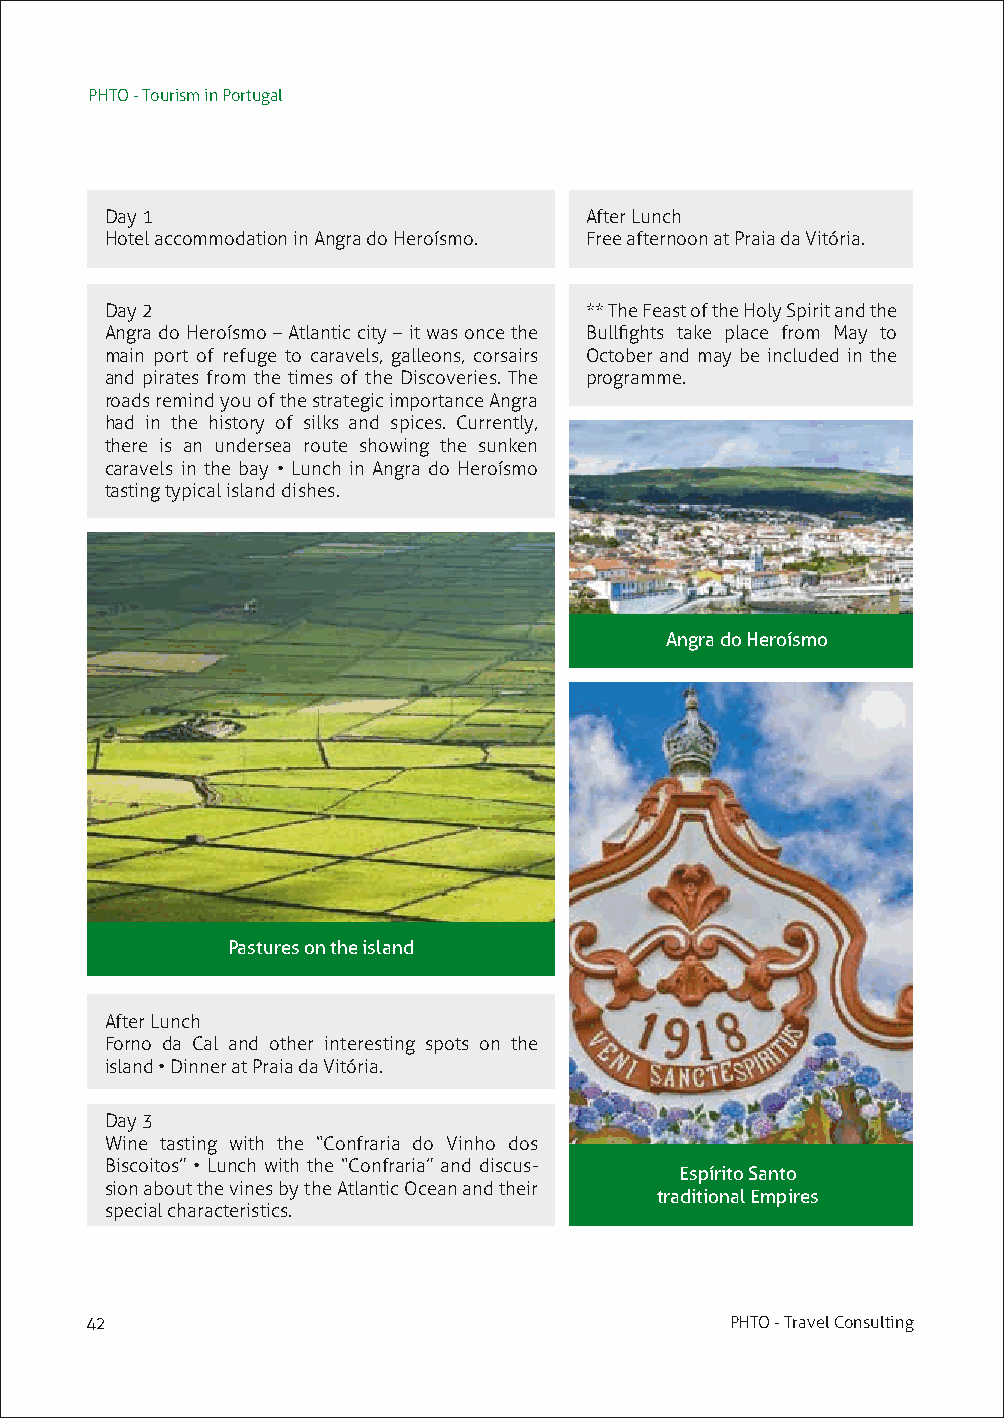
PHTO - Tourism in Portugal
 Day 1                           After Lunch
 Hotel accommodation in Angra do Heroísmo. Free afternoon at Praia da Vitória.
 Day 2                           ** The Feast of the Holy Spirit and the
 Angra do Heroísmo – Atlantic city – it was once the Bullfights take place from May to
 main port of refuge to caravels, galleons, corsairs October and may be included in the
 and pirates from the times of the Discoveries. The programme.
 roads remind you of the strategic importance Angra
 had in the history of silks and spices. Currently,
 there is an undersea route showing the sunken
 caravels in the bay • Lunch in Angra do Heroísmo
 tasting typical island dishes.
 Angra do Heroísmo
 Pastures on the island
 After Lunch
 Forno da Cal and other interesting spots on the
 island • Dinner at Praia da Vitória.
 Day 3
 Wine tasting with the “Confraria do Vinho dos
 Biscoitos” • Lunch with the “Confraria” and discus-
 Espírito Santo
 sion about the vines by the Atlantic Ocean and their
 traditional Empires
 special characteristics.
 42                                        PHTO - Travel Consulting